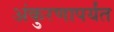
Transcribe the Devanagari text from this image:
अंकुरणापर्यंत